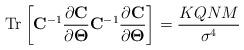
LaTeX: \begin{align*}\operatorname{Tr}\left[\mathbf{C}^{-1}\frac{\partial \mathbf{C}}{\partial \boldsymbol{\Theta}}\mathbf{C}^{-1}\frac{\partial \mathbf{C}}{\partial \boldsymbol{\Theta}}\right]=\frac{KQNM}{\sigma^4}\end{align*}